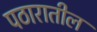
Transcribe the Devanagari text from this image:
पठारातील